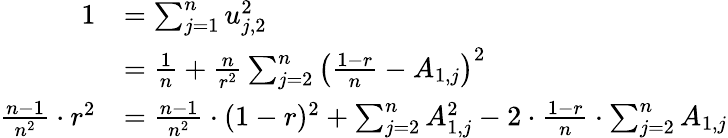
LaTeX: \begin{array}{rl}{1}&{=\sum_{j=1}^{n}u_{j,2}^{2}}\\ &{=\frac{1}{n}+\frac{n}{r^{2}}\sum_{j=2}^{n}\left(\frac{1-r}{n}-A_{1,j}\right)^{2}}\\ {\frac{n-1}{n^{2}}\cdot r^{2}}&{=\frac{n-1}{n^{2}}\cdot(1-r)^{2}+\sum_{j=2}^{n}A_{1,j}^{2}-2\cdot\frac{1-r}{n}\cdot\sum_{j=2}^{n}A_{1,j}}\end{array}